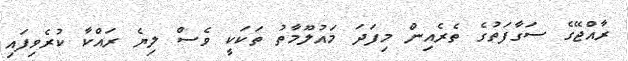
ރާއްޖޭގެ ސަގާފަތުގެ ތެރެއިން މިފަދަ މައުލޫމާތު ތަކަކީ ވެސް ލިޔެ ރައްކާ ކުރެވިފައި